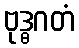
ဗုဒ္ဓဂတံ